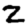
Digit: 2